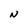
Character: N